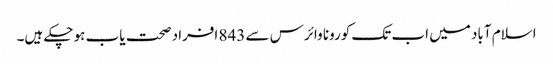
اسلام آباد میں اب تک کورونا وائرس سے 843 افراد صحت یاب ہو چکے ہیں۔